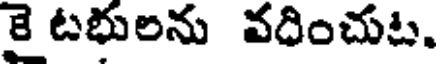
కై టభులను వదించుట.